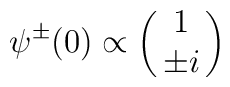
\psi^{\pm}(0) \propto \left( \matrix{ 1 \cr \pm i } \right)